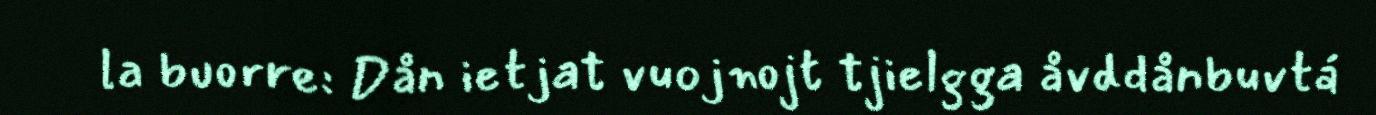
la buorre: Dån ietjat vuojnojt tjielgga åvddånbuvtá